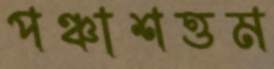
পঞ্চাশত্তম